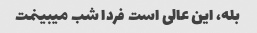
بله، این عالی است فردا شب میبینمت